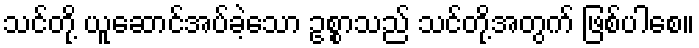
သင်တို့ ယူဆောင်အပ်ခဲ့သော ဥစ္စာသည် သင်တို့အတွက် ဖြစ်ပါစေ။